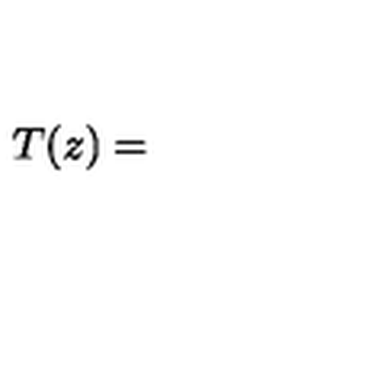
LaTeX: T ( z ) =